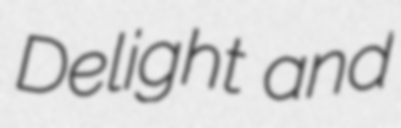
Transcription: Delight and